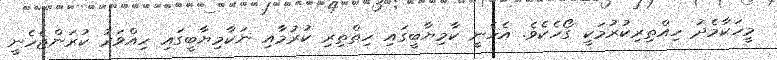
މީހަކާމެދު ހިއްތިރިކުރުމަކީ ގޯހެކެވެ. އެހެނީ ކާމިޔާބީގައި ހިތްތިރި ކުރުމާއި ނަކާމިޔާބީގައި ހިއްވަރު ކުރަންޖެހެނީ